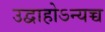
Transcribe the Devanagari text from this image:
उद्वाहोऽन्यच्च